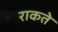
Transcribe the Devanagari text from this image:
राकते